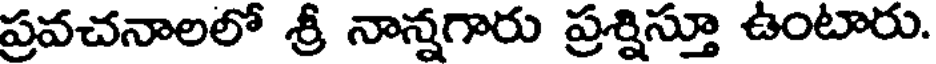
ప్రవచనాలలో శ్రీ నాన్నగారు ప్రశ్నిస్తూ ఉంటారు.